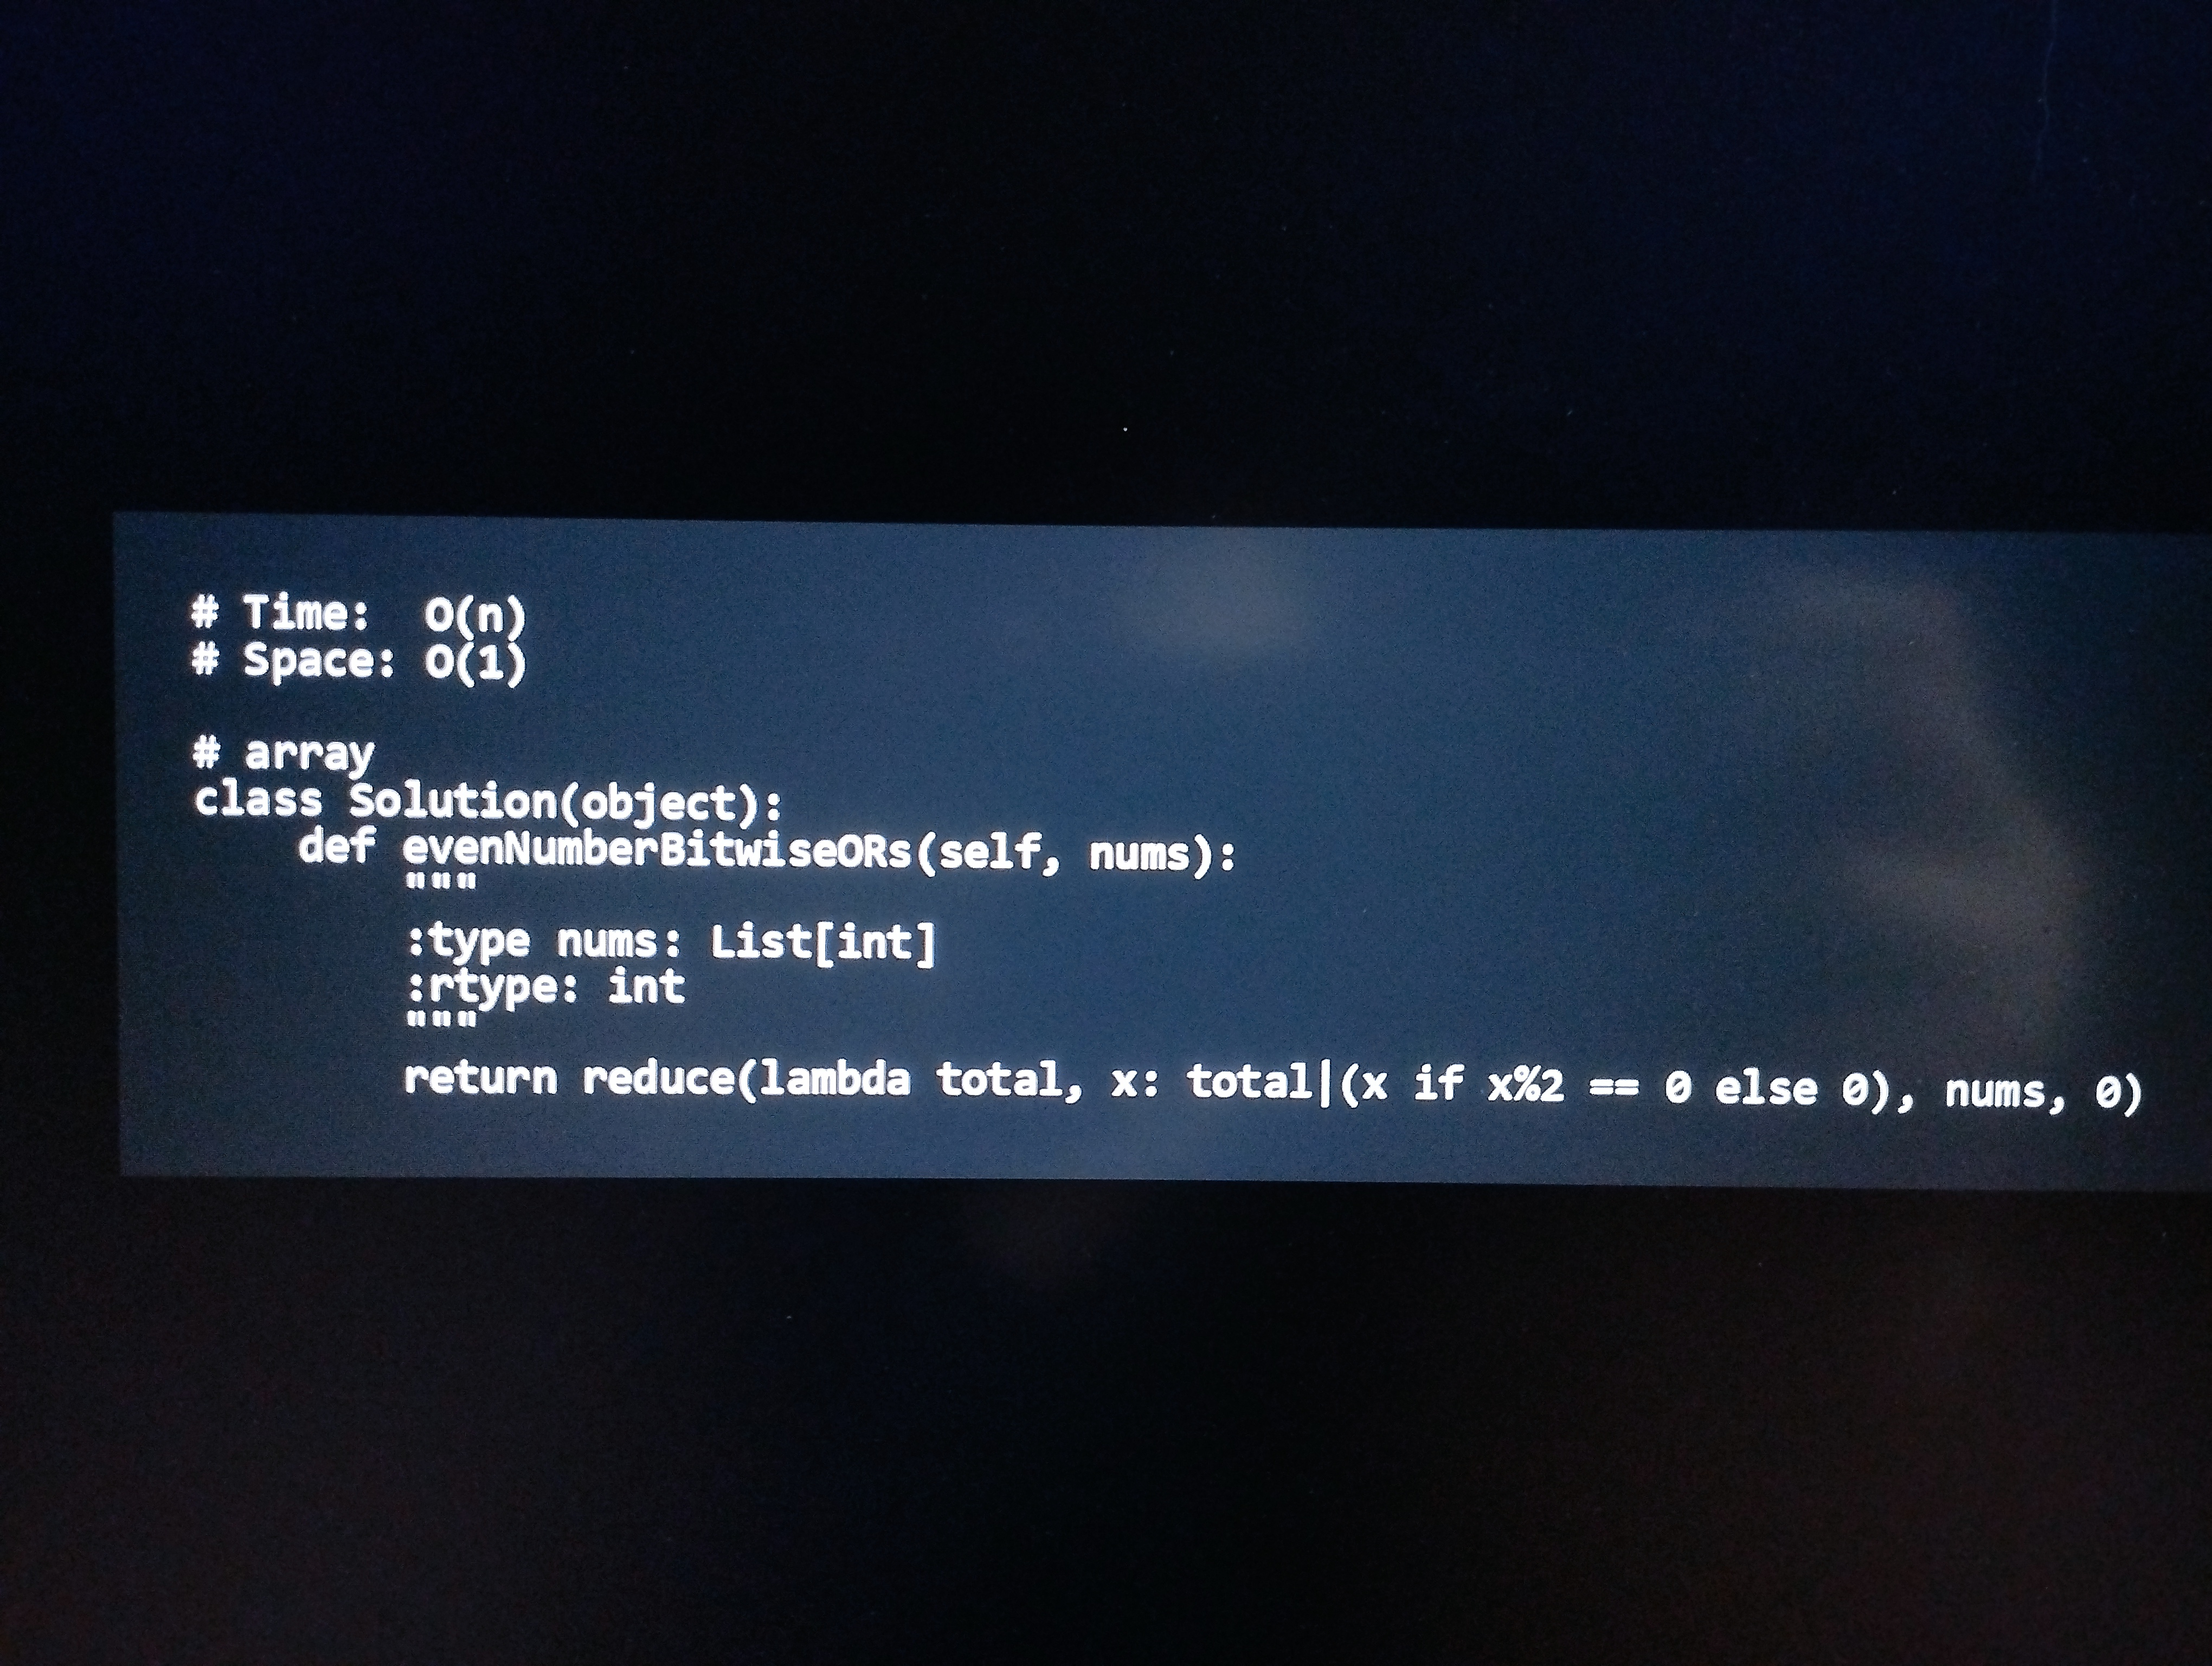
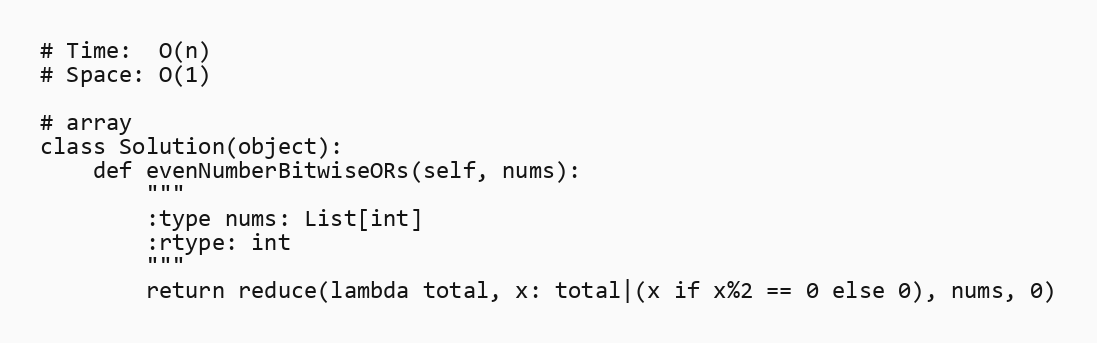
# Time:  O(n)
# Space: O(1)

# array
class Solution(object):
    def evenNumberBitwiseORs(self, nums):
        """
        :type nums: List[int]
        :rtype: int
        """
        return reduce(lambda total, x: total|(x if x%2 == 0 else 0), nums, 0)